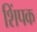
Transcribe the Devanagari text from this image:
शिंपक